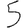
Digit: 5